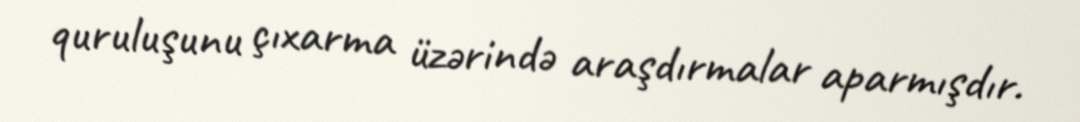
quruluşunu çıxarma üzərində araşdırmalar aparmışdır.